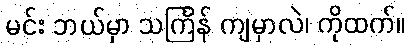
မင်း ဘယ်မှာ သင်္ကြန် ကျမှာလဲ၊ ကိုထက်။